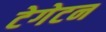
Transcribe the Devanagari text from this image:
टेगेटन